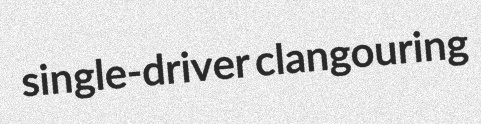
single-driver clangouring